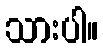
သားပါ။